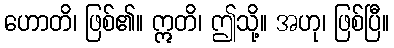
ဟောတိ၊ ဖြစ်၏။ ဣတိ၊ ဤသို့။ အဟု၊ ဖြစ်ပြီ။